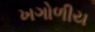
ખગોળીય